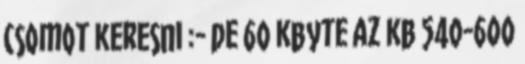
csomot keresni :- de 60 kbyte az kb 540-600